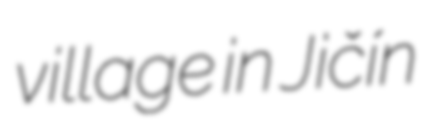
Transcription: village in Jičín